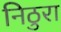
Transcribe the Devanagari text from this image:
निठुरा